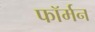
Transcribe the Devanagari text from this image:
फॉर्मन